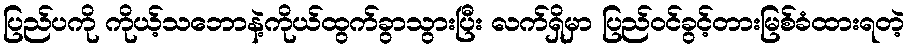
ပြည်ပကို ကိုယ့်သဘောနဲ့ကိုယ်ထွက်ခွာသွားပြီး လက်ရှိမှာ ပြည်ဝင်ခွင့်တားမြစ်ခံထားရတဲ့